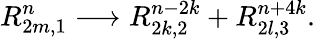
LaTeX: R_{2m,1}^{n}\longrightarrow R_{2k,2}^{n-2k}+R_{2l,3}^{n+4k}.